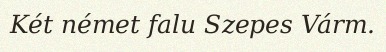
Két német falu Szepes Várm.